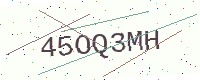
Text: 45OQ3MH